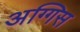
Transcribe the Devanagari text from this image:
अग्गिस